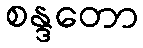
စန္ဒတော